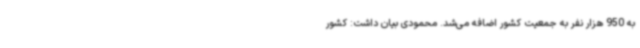
به 950 هزار نفر به جمعیت کشور اضافه می‌شد. محمودی بیان داشت: کشور